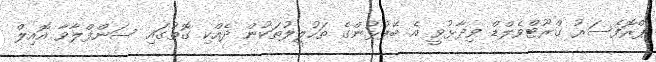
ޕްރޮފެސަރު ގްރޫޓްވެލްޑް ވިދާޅުވީ އެ ބޭފުޅުންގެ ތަހުލީލުތަކުން ދެއްކި ގޮތުގައި ސަންފްލާވާ އޮއިލް